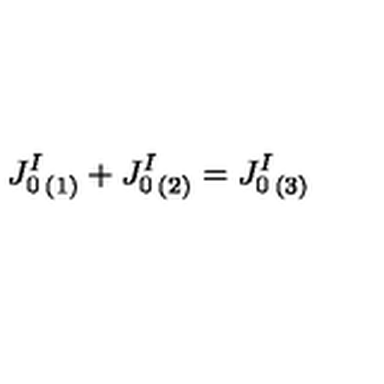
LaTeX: { J _ { 0 } ^ { I } } _ { ( 1 ) } + { J _ { 0 } ^ { I } } _ { ( 2 ) } = { J _ { 0 } ^ { I } } _ { ( 3 ) }